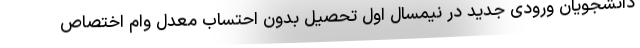
دانشجویان ورودی جدید در نیمسال اول تحصیل بدون احتساب معدل وام اختصاص